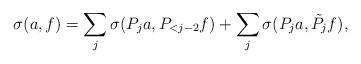
LaTeX: \begin{align*}\sigma(a,f) = \sum_j \sigma(P_j a, P_{<j-2} f) + \sum_j \sigma(P_j a, \tilde P_j f),\end{align*}